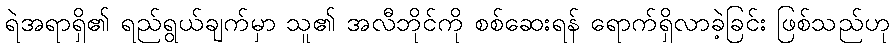
ရဲအရာရှိ၏ ရည်ရွယ်ချက်မှာ သူ၏ အလီဘိုင်ကို စစ်ဆေးရန် ရောက်ရှိလာခဲ့ခြင်း ဖြစ်သည်ဟု